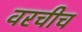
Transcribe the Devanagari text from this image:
वरचीच